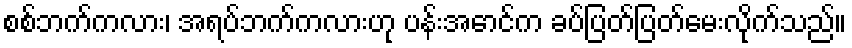
စစ်ဘက်ကလား၊ အရပ်ဘက်ကလားဟု ပန်းအောင်က ခပ်ပြတ်ပြတ်မေးလိုက်သည်။